Plague in India, 1896, 1897 - Volume 3
Year: 1896
Disease focus: Plague
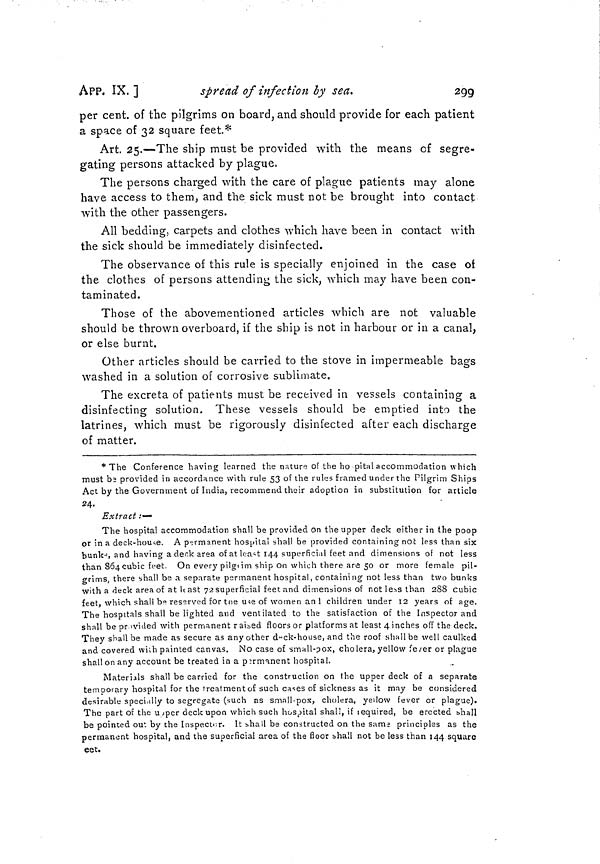
APP. IX.]
spread of infection by sea.
299
per cent, of the pilgrims on board, and should provide for each patient
a space of 32 square feet*
Art. 25.—The ship must be provided with the means of segre-
gating persons attacked by plague.
The persons charged with the care of plague patients may alone
have access to them, and the sick must not be brought into contact
with the other passengers.
All bedding, carpets and clothes which have been in contact with
the sick should be immediately disinfected.
The observance of this rule is specially enjoined in the case of
the clothes of persons attending the sick, which may have been con-
taminated.
Those of the abovementioned articles which are not valuable
should be thrown overboard, if the ship is not in harbour or in a canal,
or else burnt.
Other articles should be carried to the stove in impermeable bags
washed in a solution of corrosive sublimate.
The excreta of patients must be received in vessels containing a
disinfecting solution. These vessels should be emptied into the
latrines, which must be rigorously disinfected after each discharge
of matter.
* The Conference having learned the nature of the ho pital accommodation which
must be provided in accordance with rule 53 of the rules framed under the Pilgrim Ships
Act by the Government of India, recommend their adoption in substitution for article
24-.
Extract :—
The hospital accommodation shall be provided on the upper deck either in the poop
or in a deck-house. A permanent hospital shall be provided containing not less than six
bunk, and having a deck area o fat least 144 superficial feet and dimensions of not less
than 864 cubic feet. On every pilgirim ship on which there are 50 or more female pil-
grims, there shall be a separate permanent hospital, containing not less than two bunks
with a deck area of at It ast 72 superficial feer. and dimensions of not less than 288 cubic
feet, which shall be reserved for toe me of women an 1 children under 12 years of age.
The hospitals shall be lighted and ventilated to the satisfaction of the Inspector and
shall be proivided with permanent raised floors or platforms at least 4 inches off the deck.
They shall be made as secure as any other duck-house, and the roof shall be well caulked
and covered with painted canvas. No case of small-pox, cholera, yellow fever or plague
shall on any account be treated in a permanent hospital.
Materials shall be carried for the construction on the upper deck of a separate
temporary hospital for the treatment of such cases of sickness as it may be considered
desirable specially to segregate (such as small-pox, cholera, yellow fever or plague).
The part of the upper deck upon which such hospital shall, if required, be erected shall
be pointed out by the Inspector. It shall be constructed on the same principles as the
permanent hospital, and the superficial area of the floor shall not be less than 144 square
feet.